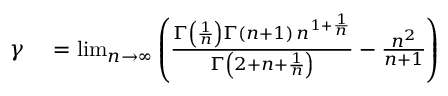
\begin{array} { r l } { \gamma } & { { } = \operatorname* { l i m } _ { n \to \infty } \left( { \frac { \Gamma \left( { \frac { 1 } { n } } \right) \Gamma ( n + 1 ) \, n ^ { 1 + { \frac { 1 } { n } } } } { \Gamma \left( 2 + n + { \frac { 1 } { n } } \right) } } - { \frac { n ^ { 2 } } { n + 1 } } \right) } \end{array}